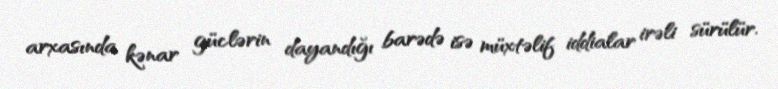
arxasında kənar güclərin dayandığı barədə isə müxtəlif iddialar irəli sürülür.